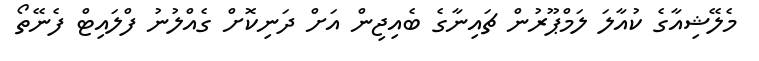
މެލޭޝިއާގެ ކުއާލަ ލަމްޕޫރުން ޗައިނާގެ ބެއިޖިން އަށް ދަނިކޮށް ގެއްލުނު ފްލައިޓް ފެނޭތޯ